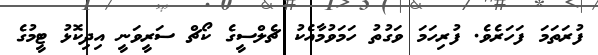
ފުރަތަމަ ފަހަރެވެ. ފުރިހަމަ ވަގުތު ހަމަވުމާއެކު ޗެލްސީގެ ކޯޗް ސަރީވަނީ އިދިކޮޅު ޓީމުގެ